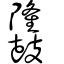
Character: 𪔳